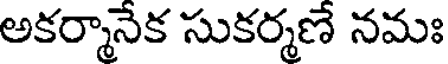
అకర్మానేక సుకర్మణే నమః